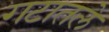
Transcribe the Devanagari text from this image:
गटातले